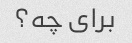
برای چه؟